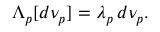
\Lambda _ { p } [ d \nu _ { p } ] = \lambda _ { p } \, d \nu _ { p } .